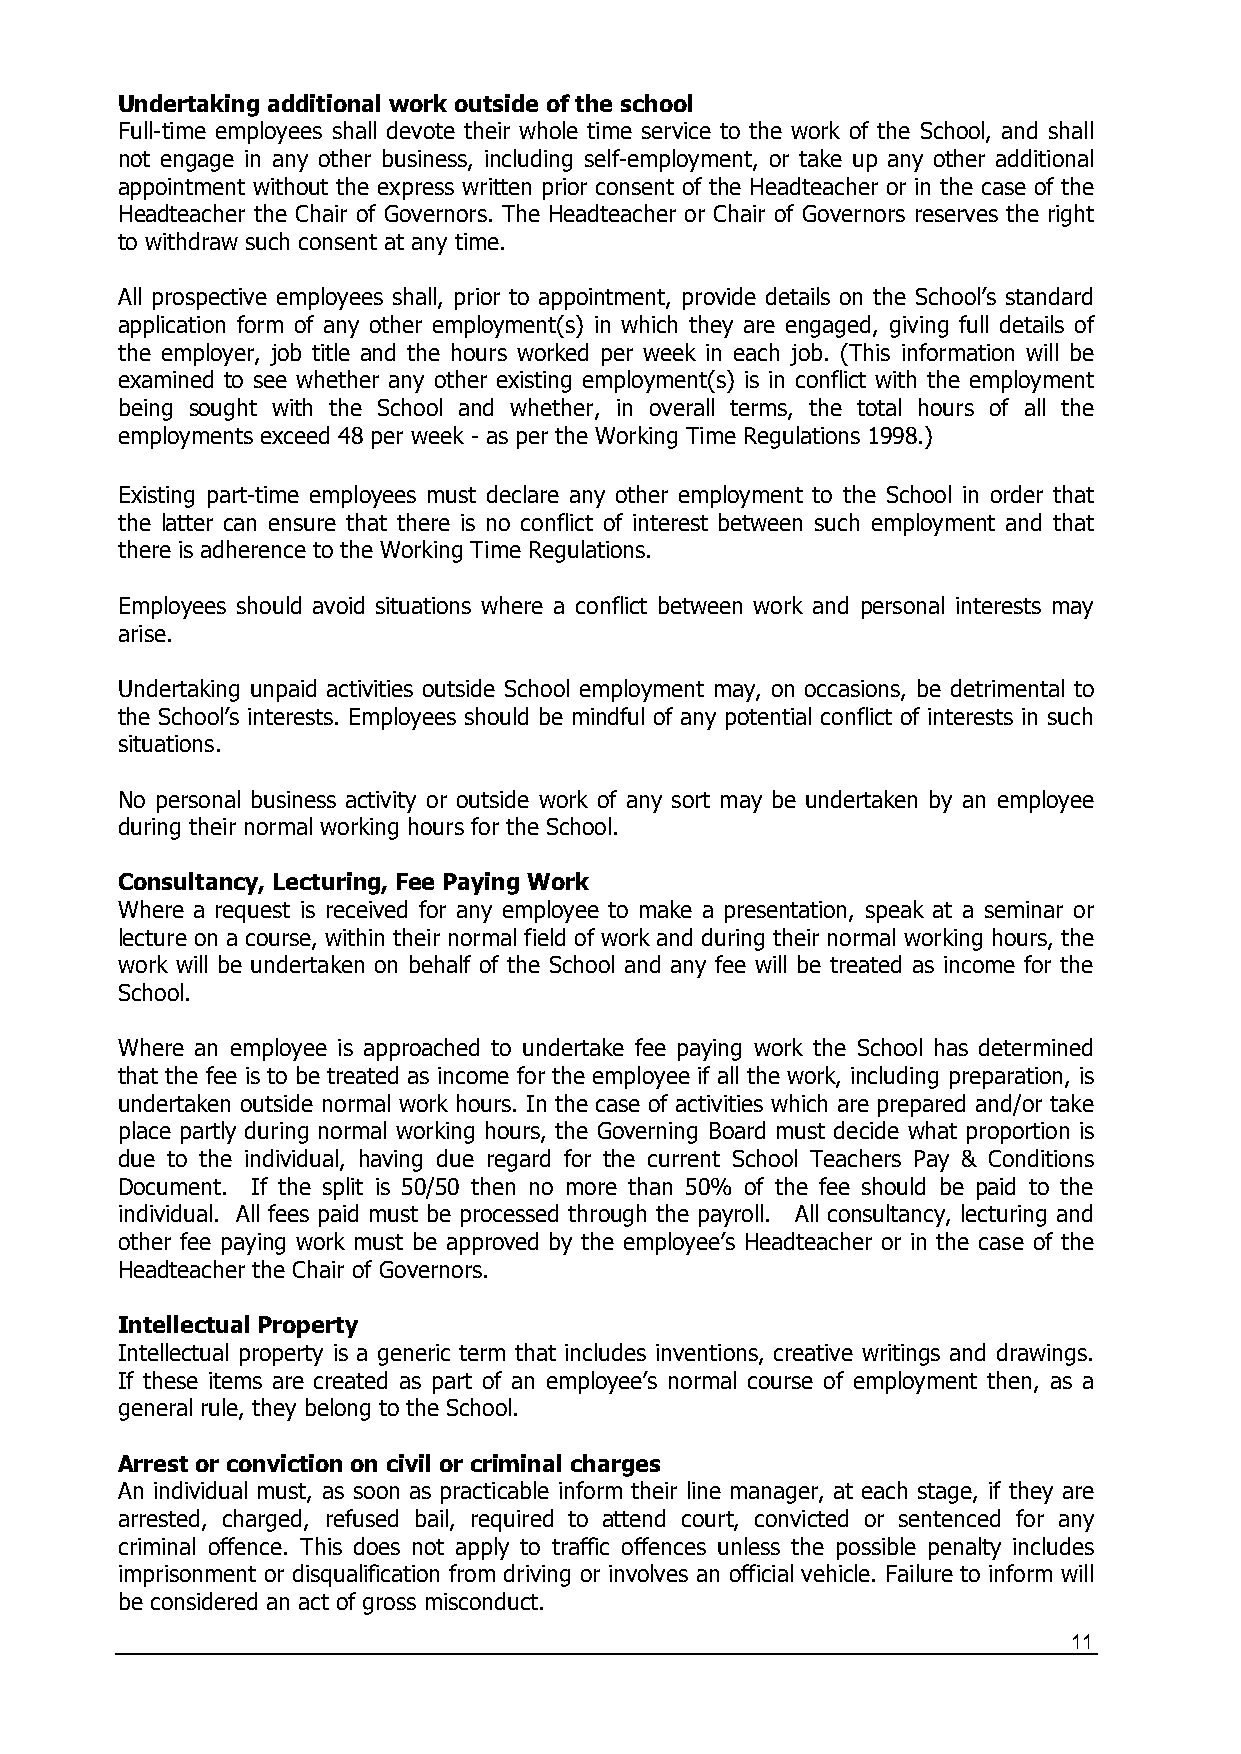
Undertaking additional work outside of the school
 Full-time employees shall devote their whole time service to the work of the School, and shall
 not engage in any other business, including self-employment, or take up any other additional
 appointment without the express written prior consent of the Headteacher or in the case of the
 Headteacher the Chair of Governors. The Headteacher or Chair of Governors reserves the right
 to withdraw such consent at any time.
 All prospective employees shall, prior to appointment, provide details on the School’s standard
 application form of any other employment(s) in which they are engaged, giving full details of
 the employer, job title and the hours worked per week in each job. (This information will be
 examined to see whether any other existing employment(s) is in conflict with the employment
 being sought with the School and whether, in overall terms, the total hours of all the
 employments exceed 48 per week - as per the Working Time Regulations 1998.)
 Existing part-time employees must declare any other employment to the School in order that
 the latter can ensure that there is no conflict of interest between such employment and that
 there is adherence to the Working Time Regulations.
 Employees should avoid situations where a conflict between work and personal interests may
 arise.
 Undertaking unpaid activities outside School employment may, on occasions, be detrimental to
 the School’s interests. Employees should be mindful of any potential conflict of interests in such
 situations.
 No personal business activity or outside work of any sort may be undertaken by an employee
 during their normal working hours for the School.
 Consultancy, Lecturing, Fee Paying Work
 Where a request is received for any employee to make a presentation, speak at a seminar or
 lecture on a course, within their normal field of work and during their normal working hours, the
 work will be undertaken on behalf of the School and any fee will be treated as income for the
 School.
 Where an employee is approached to undertake fee paying work the School has determined
 that the fee is to be treated as income for the employee if all the work, including preparation, is
 undertaken outside normal work hours. In the case of activities which are prepared and/or take
 place partly during normal working hours, the Governing Board must decide what proportion is
 due to the individual, having due regard for the current School Teachers Pay & Conditions
 Document. If the split is 50/50 then no more than 50% of the fee should be paid to the
 individual. All fees paid must be processed through the payroll. All consultancy, lecturing and
 other fee paying work must be approved by the employee’s Headteacher or in the case of the
 Headteacher the Chair of Governors.
 Intellectual Property
 Intellectual property is a generic term that includes inventions, creative writings and drawings.
 If these items are created as part of an employee’s normal course of employment then, as a
 general rule, they belong to the School.
 Arrest or conviction on civil or criminal charges
 An individual must, as soon as practicable inform their line manager, at each stage, if they are
 arrested, charged, refused bail, required to attend court, convicted or sentenced for any
 criminal offence. This does not apply to traffic offences unless the possible penalty includes
 imprisonment or disqualification from driving or involves an official vehicle. Failure to inform will
 be considered an act of gross misconduct.
 11